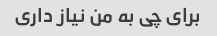
برای چی به من نیاز داری